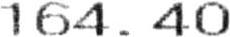
164.40